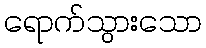
ရောက်သွားသော